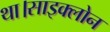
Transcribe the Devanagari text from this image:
था।साइक्लोन